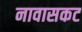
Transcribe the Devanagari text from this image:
नावासकट